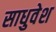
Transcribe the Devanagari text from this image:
साधुवेश